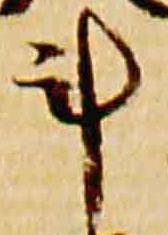
斗